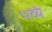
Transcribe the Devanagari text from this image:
भव्यं